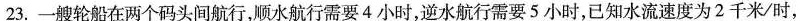
23.一艘轮船在两个码头间航行，顺水航行需要4小时，逆水航行需要5小时，已知水流速度为2千米/时，